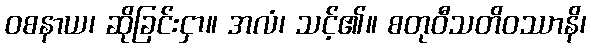
ဝစနာယ၊ ဆိုခြင်းငှာ။ အလံ၊ သင့်၏။ စတုဝီသတိဝဿာနိ၊